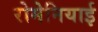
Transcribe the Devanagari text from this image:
रोमेनियाई